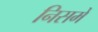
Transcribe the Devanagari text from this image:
निसमें